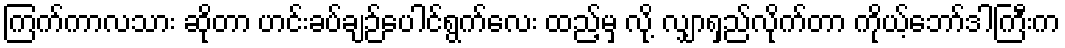
ကြက်ကာလသား ဆိုတာ ဟင်းခပ်ချဉ်ပေါင်ရွက်လေး ထည့်မှ လို့ လျှာရှည်လိုက်တာ ကိုယ့်ဘော်ဒါကြီးက